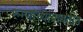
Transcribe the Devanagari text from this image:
रुग्णांच्याबाबतीत